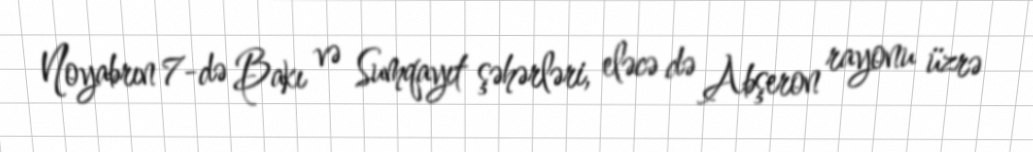
Noyabrın 7-də Bakı və Sumqayıt şəhərləri, eləcə də Abşeron rayonu üzrə